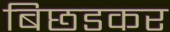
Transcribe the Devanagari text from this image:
बिछडकर